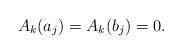
LaTeX: \begin{align*} A_k(a_j)=A_k(b_j)=0. \end{align*}